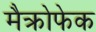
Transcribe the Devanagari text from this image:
मैक्रोफेक